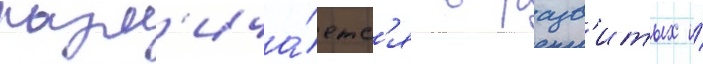
разл'ича́етс'я в разв'итых и́